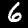
Digit: 6